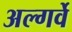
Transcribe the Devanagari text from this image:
अल्गर्वे